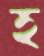
হ